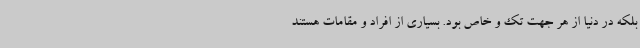
بلکه در دنیا از هر جهت تک و خاص بود. بسیاری از افراد و مقامات هستند